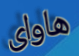
هاواى